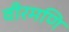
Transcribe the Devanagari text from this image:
वीरमणि